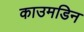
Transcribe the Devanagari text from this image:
काउमडिन